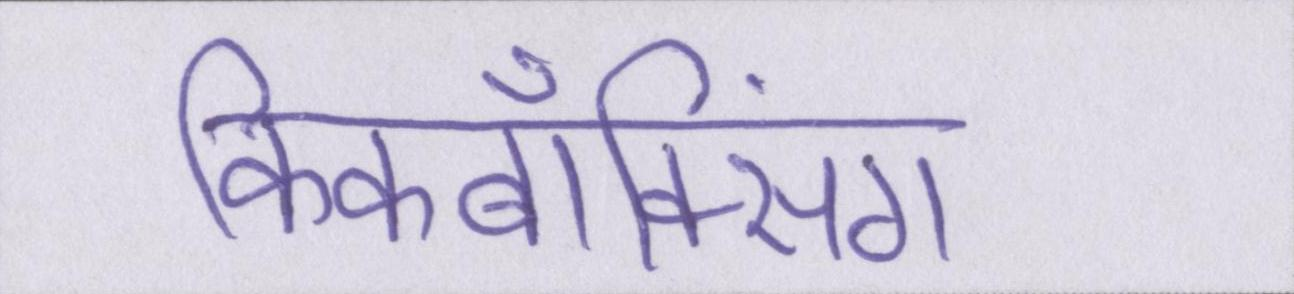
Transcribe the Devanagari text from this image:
किकबॉक्सिंग